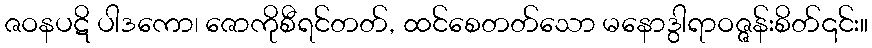
ဇဝနပဋိ ပါဒကော၊ ဇောကိုစီရင်တတ်, ထင်စေတတ်သော မနောဒွါရာဝဇ္ဇန်းစိတ်၎င်း။